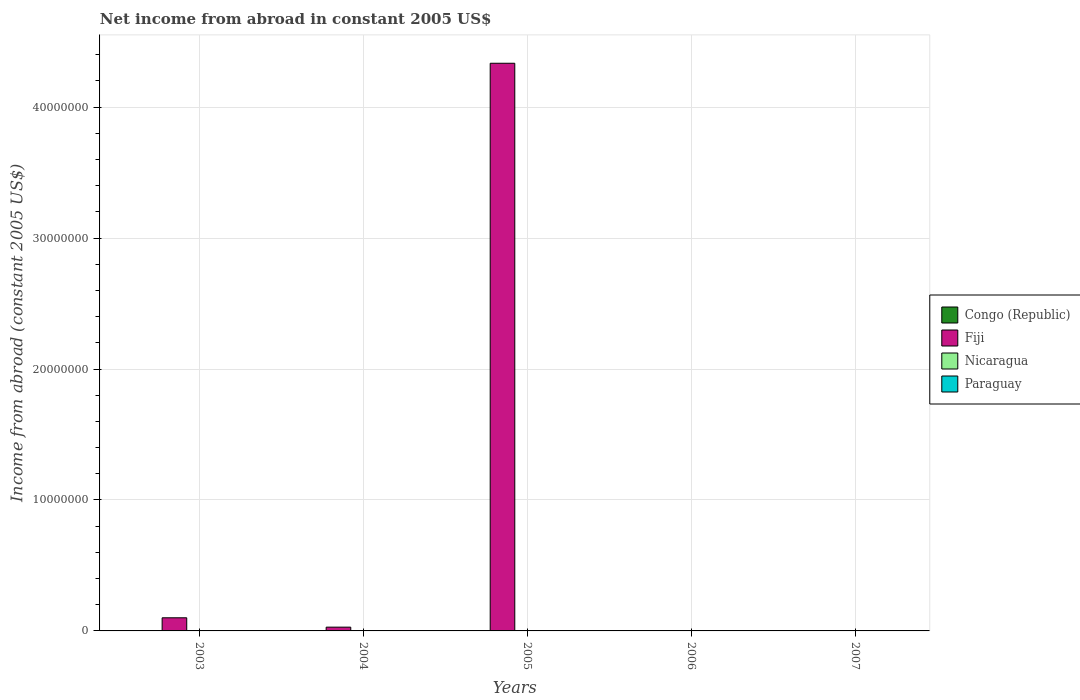
| Years | Congo (Republic) | Fiji | Nicaragua | Paraguay |
 | --- | --- | --- | --- | --- |
 | 2003 | -9.18e+08 | 1e+06 | -1.98e+08 | -1.15e+09 |
 | 2004 | -1.49e+09 | 2.89e+05 | -1.92e+08 | -1.28e+09 |
 | 2005 | -2.05e+09 | 4.33e+07 | -1.5e+08 | -1.37e+09 |
 | 2006 | -2.63e+09 | -1.21e+08 | -2.64e+08 | -1.32e+09 |
 | 2007 | -2.62e+09 | -7.56e+07 | -2.26e+08 | -9.94e+08 |